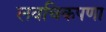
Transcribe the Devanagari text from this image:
लवचिकपणा